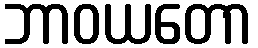
ဘာဝယတော